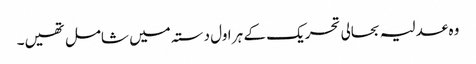
وہ عدلیہ بحالی تحریک کے ہر اول دستہ میں شامل تھیں۔